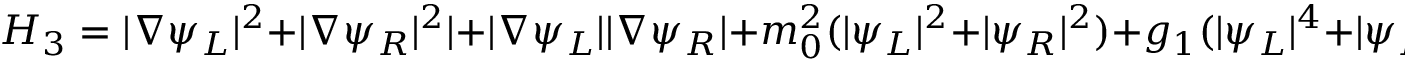
{ \cal H } _ { 3 } = | \nabla \psi _ { L } | ^ { 2 } + | \nabla \psi _ { R } | ^ { 2 } | + | \nabla \psi _ { L } | | \nabla \psi _ { R } | + m _ { 0 } ^ { 2 } ( | \psi _ { L } | ^ { 2 } + | \psi _ { R } | ^ { 2 } ) + g _ { 1 } ( | \psi _ { L } | ^ { 4 } + | \psi _ { R } | ^ { 4 } ) + g _ { 2 } | \psi _ { L } | ^ { 2 } | \psi _ { R } | ^ { 2 } \, ,